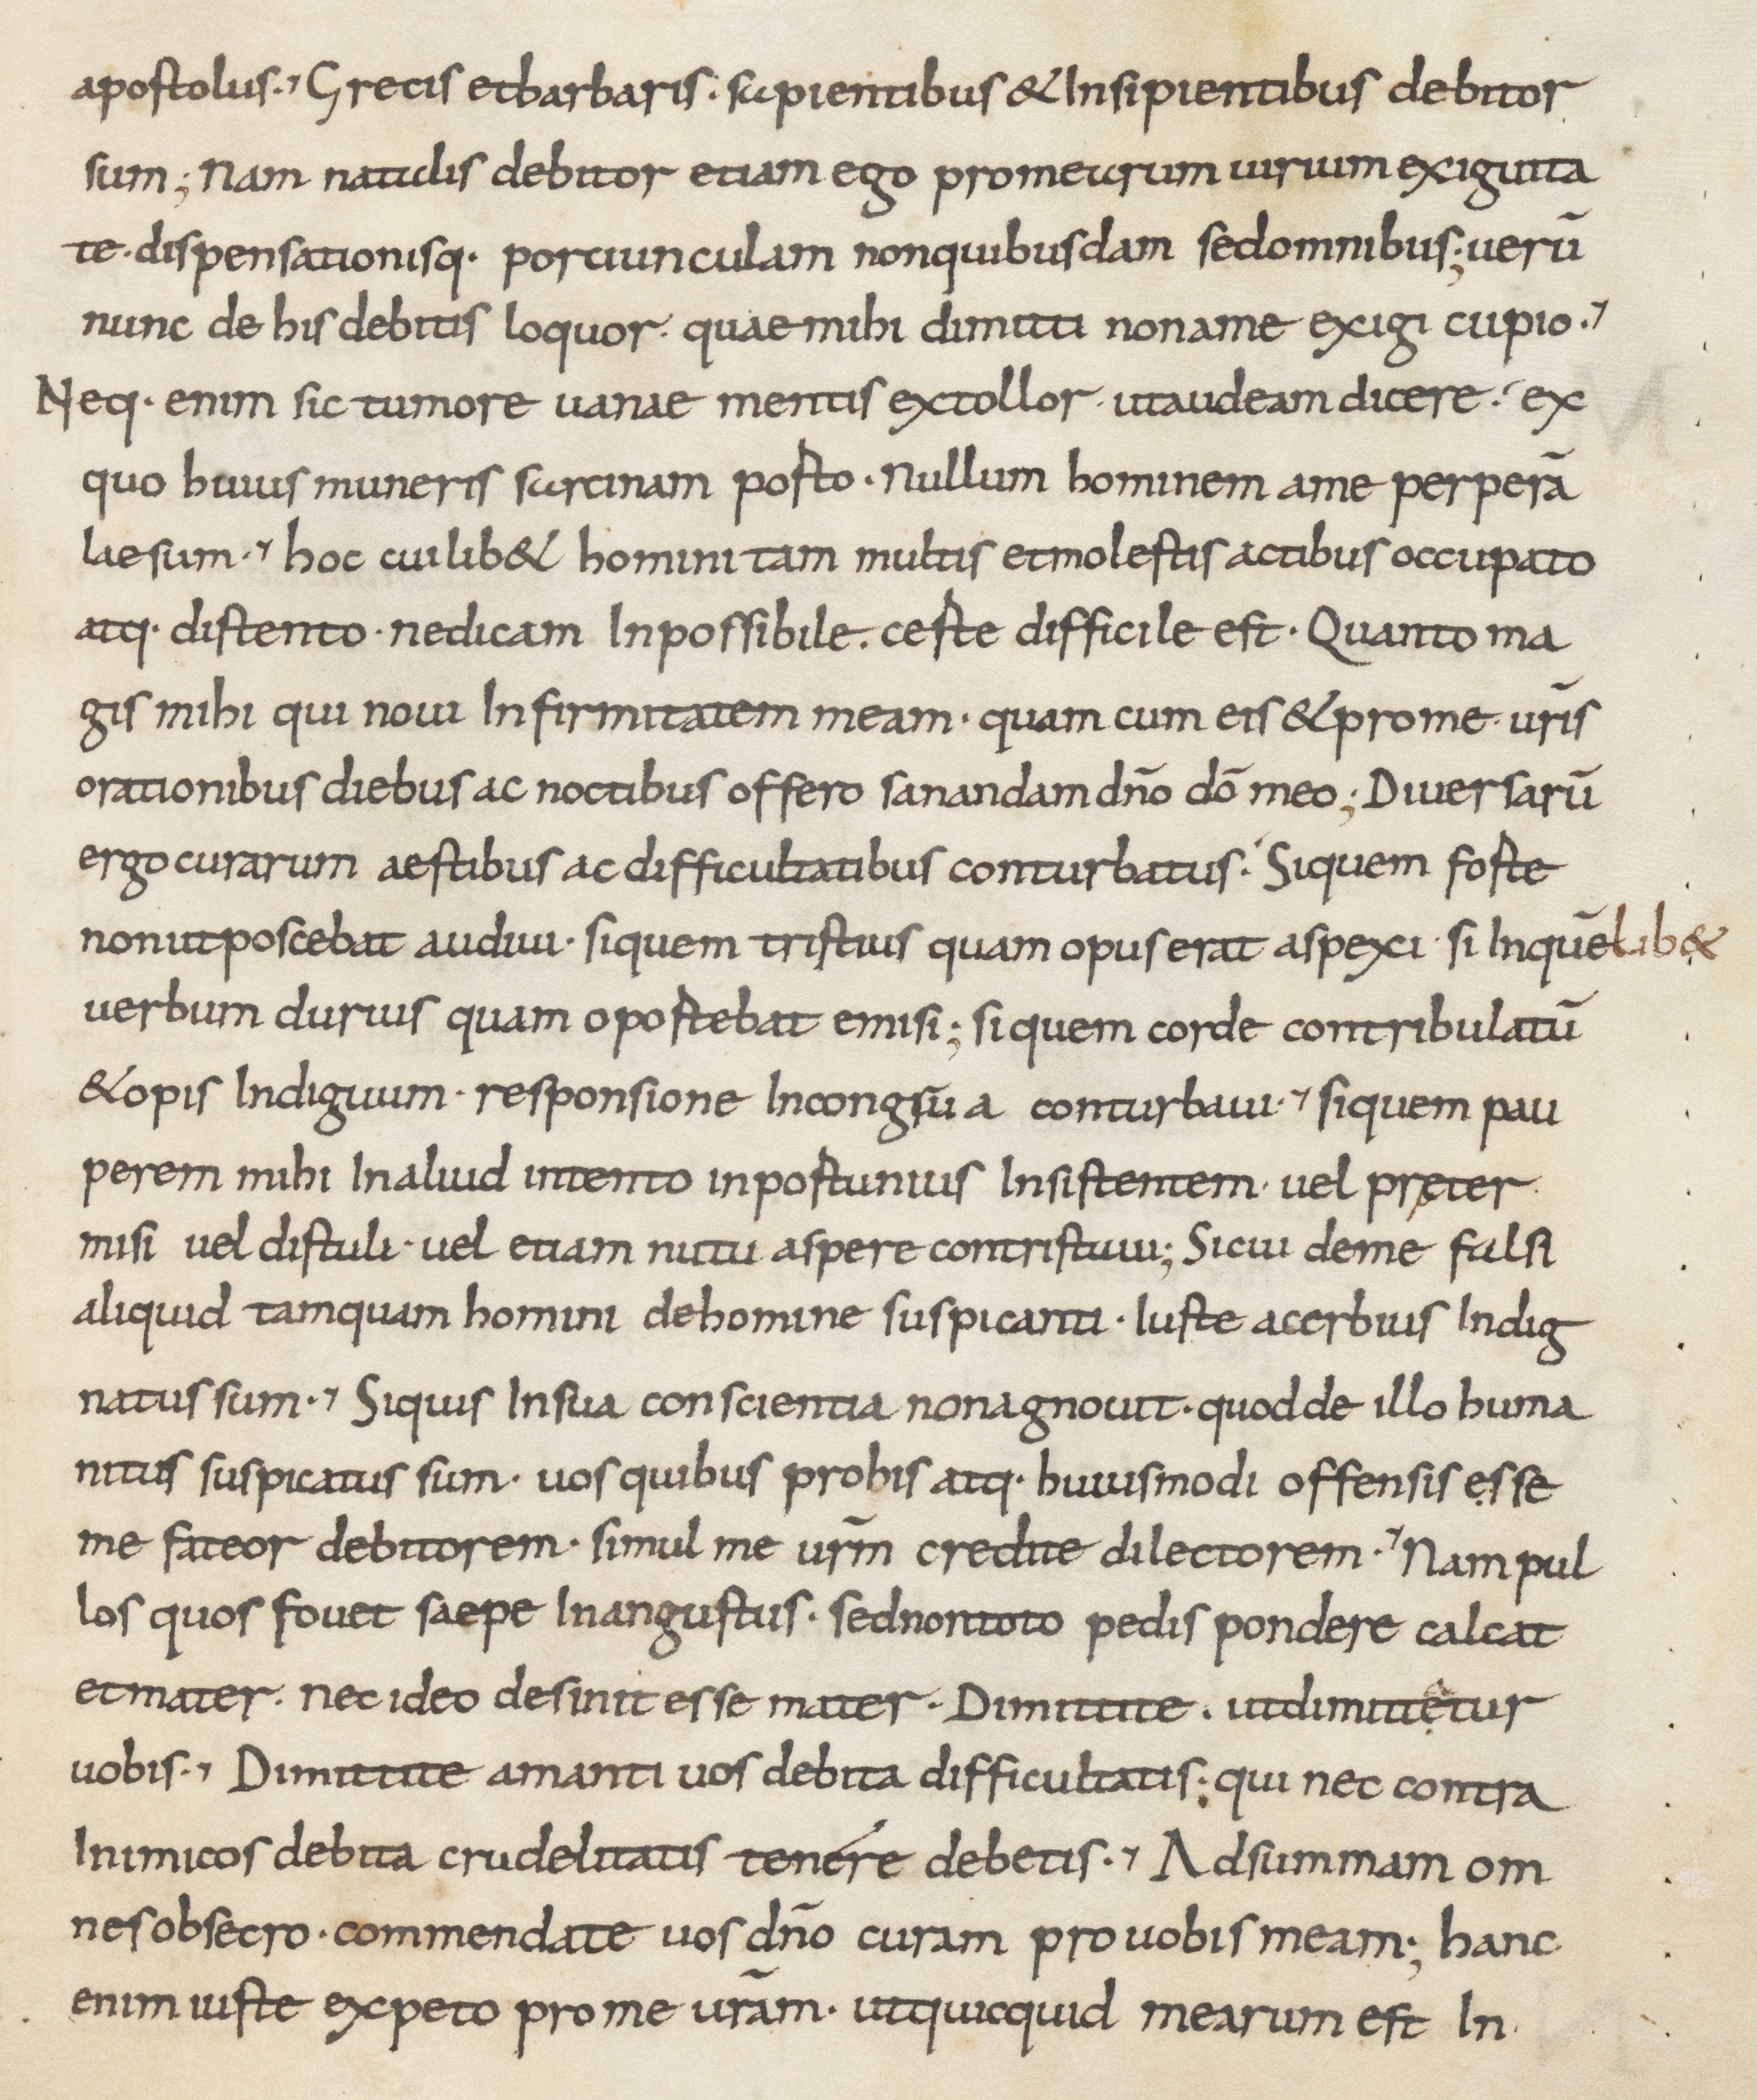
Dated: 800–899